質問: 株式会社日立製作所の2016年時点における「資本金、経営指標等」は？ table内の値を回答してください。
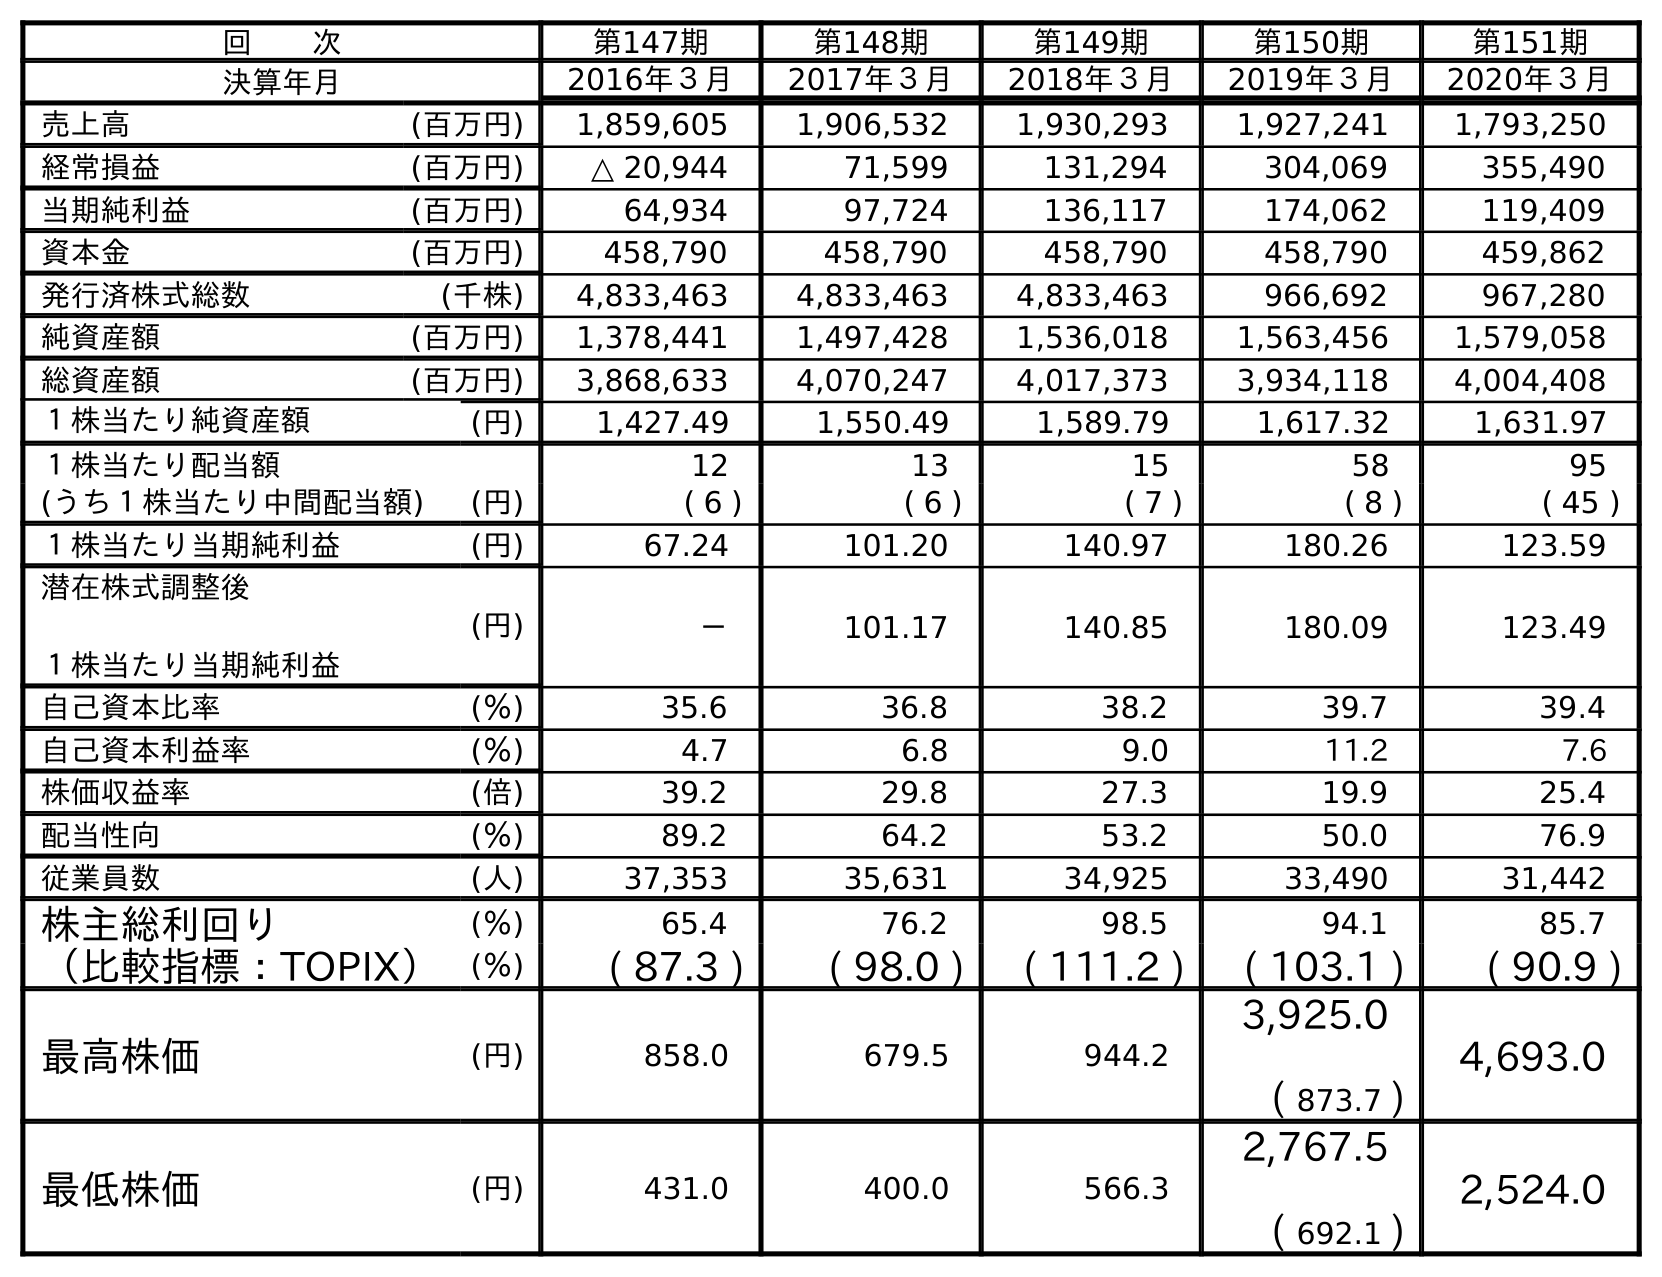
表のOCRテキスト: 回  次 第147期 第148期 第149期 第150期 第151期 決算年月 2016年３月 2017年３月 2018年３月 2019年３月 2020年３月 売上高 (百万円) 1,859,605 1,906,532 1,930,293 1,927,241 1,793,250 経常損益 (百万円) △ 20,944 71,599 131,294 304,069 355,490 当期純利益 (百万円) 64,934 97,724 136,117 174,062 119,409 資本金 (百万円) 458,790 458,790 458,790 458,790 459,862 発行済株式総数 (千株) 4,833,463 4,833,463 4,833,463 966,692 967,280 純資産額 (百万円) 1,378,441 1,497,428 1,536,018 1,563,456 1,579,058 総資産額 (百万円) 3,868,633 4,070,247 4,017,373 3,934,118 4,004,408 １株当たり純資産額 (円) 1,427.49 1,550.49 1,589.79 1,617.32 1,631.97 １株当たり配当額 12 13 15 58 95 (うち１株当たり中間配当額) (円) ( 6 ) ( 6 ) ( 7 ) ( 8 ) ( 45 ) １株当たり当期純利益 (円) 67.24 101.20 140.97 180.26 123.59 潜在株式調整後 １株当たり当期純利益 (円) － 101.17 140.85 180.09 123.49 自己資本比率 (％) 35.6 36.8 38.2 39.7 39.4 自己資本利益率 (％) 4.7 6.8 9.0 11.2 7.6 株価収益率 (倍) 39.2 29.8 27.3 19.9 25.4 配当性向 (％) 89.2 64.2 53.2 50.0 76.9 従業員数 (人) 37,353 35,631 34,925 33,490 31,442 株主総利回り (％) 65.4 76.2 98.5 94.1 85.7 （比較指標：TOPIX） (％) ( 87.3 ) ( 98.0 ) ( 111.2 ) ( 103.1 ) ( 90.9 ) 最高株価 (円) 858.0 679.5 944.2 3,925.0 ( 873.7 ) 4,693.0 最低株価 (円) 431.0 400.0 566.3 2,767.5 ( 692.1 ) 2,524.0
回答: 458,790